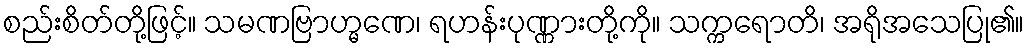
စည်းစိတ်တို့ဖြင့်။ သမဏဗြာဟ္မဏေ၊ ရဟန်းပုဏ္ဏားတို့ကို။ သက္ကရောတိ၊ အရိုအသေပြု၏။